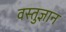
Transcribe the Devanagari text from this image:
वस्तुज्ञान